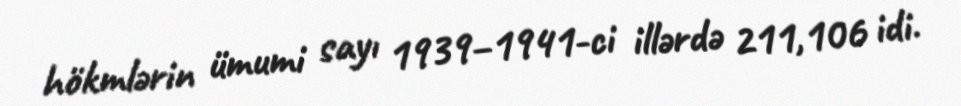
hökmlərin ümumi sayı 1939–1941-ci illərdə 211,106 idi.